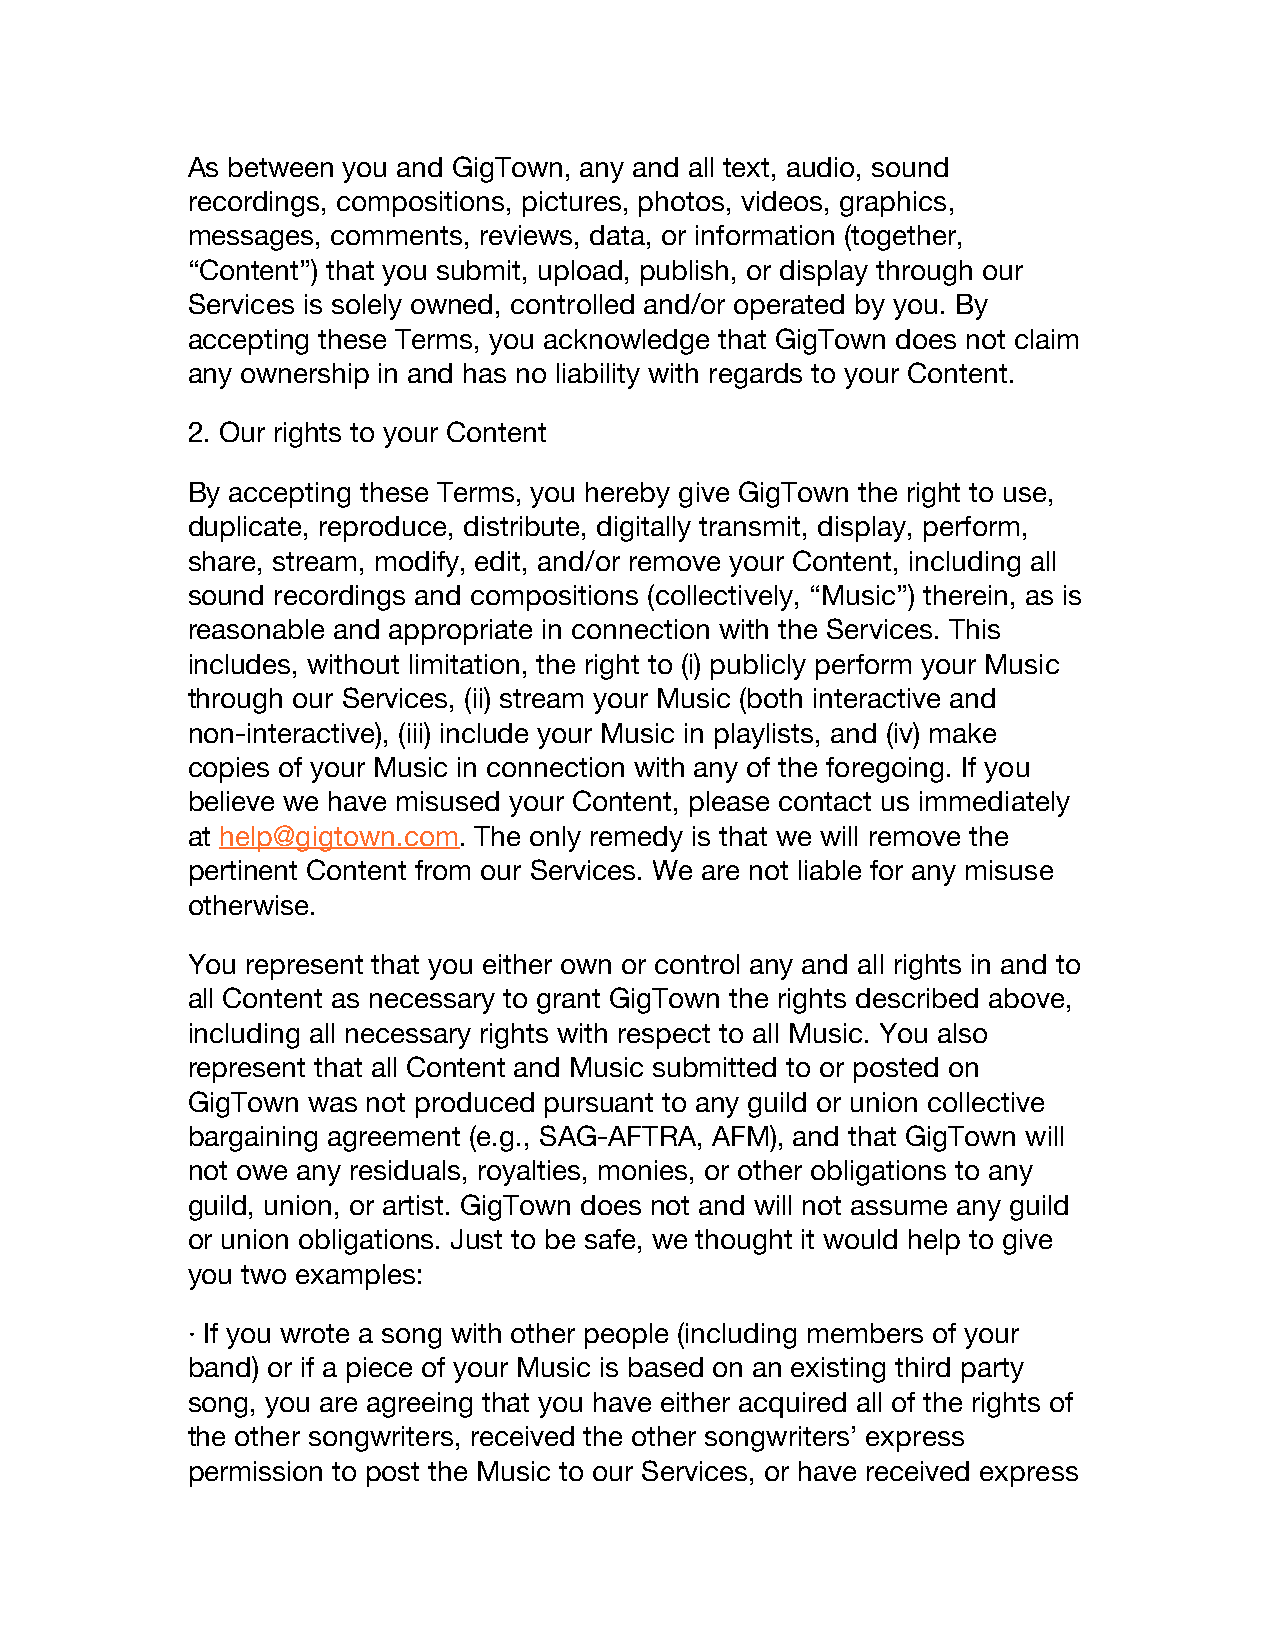
As between you and GigTown, any and all text, audio, sound
 recordings, compositions, pictures, photos, videos, graphics,
 messages, comments, reviews, data, or information (together,
 “Content”) that you submit, upload, publish, or display through our
 Services is solely owned, controlled and/or operated by you. By
 accepting these Terms, you acknowledge that GigTown does not claim
 any ownership in and has no liability with regards to your Content.
 2. Our rights to your Content
 By accepting these Terms, you hereby give GigTown the right to use,
 duplicate, reproduce, distribute, digitally transmit, display, perform,
 share, stream, modify, edit, and/or remove your Content, including all
 sound recordings and compositions (collectively, “Music”) therein, as is
 reasonable and appropriate in connection with the Services. This
 includes, without limitation, the right to (i) publicly perform your Music
 through our Services, (ii) stream your Music (both interactive and
 non-interactive), (iii) include your Music in playlists, and (iv) make
 copies of your Music in connection with any of the foregoing. If you
 believe we have misused your Content, please contact us immediately
 at help@gigtown.com. The only remedy is that we will remove the
 ​              ​
 pertinent Content from our Services. We are not liable for any misuse
 otherwise.
 You represent that you either own or control any and all rights in and to
 all Content as necessary to grant GigTown the rights described above,
 including all necessary rights with respect to all Music. You also
 represent that all Content and Music submitted to or posted on
 GigTown was not produced pursuant to any guild or union collective
 bargaining agreement (e.g., SAG-AFTRA, AFM), and that GigTown will
 not owe any residuals, royalties, monies, or other obligations to any
 guild, union, or artist. GigTown does not and will not assume any guild
 or union obligations. Just to be safe, we thought it would help to give
 you two examples:
 · If you wrote a song with other people (including members of your
 band) or if a piece of your Music is based on an existing third party
 song, you are agreeing that you have either acquired all of the rights of
 the other songwriters, received the other songwriters’ express
 permission to post the Music to our Services, or have received express